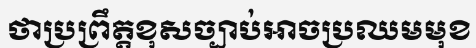
ថាប្រព្រឹត្តខុសច្បាប់អាចប្រឈមមុខ